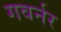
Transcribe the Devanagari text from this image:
गवर्नर